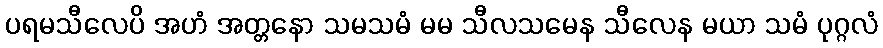
ပရမသီလေပိ အဟံ အတ္တနော သမသမံ မမ သီလသမေန သီလေန မယာ သမံ ပုဂ္ဂလံ